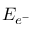
E _ { e ^ { - } }